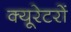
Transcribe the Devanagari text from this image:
क्यूरेटरों